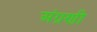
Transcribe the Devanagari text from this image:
अंग्रणी